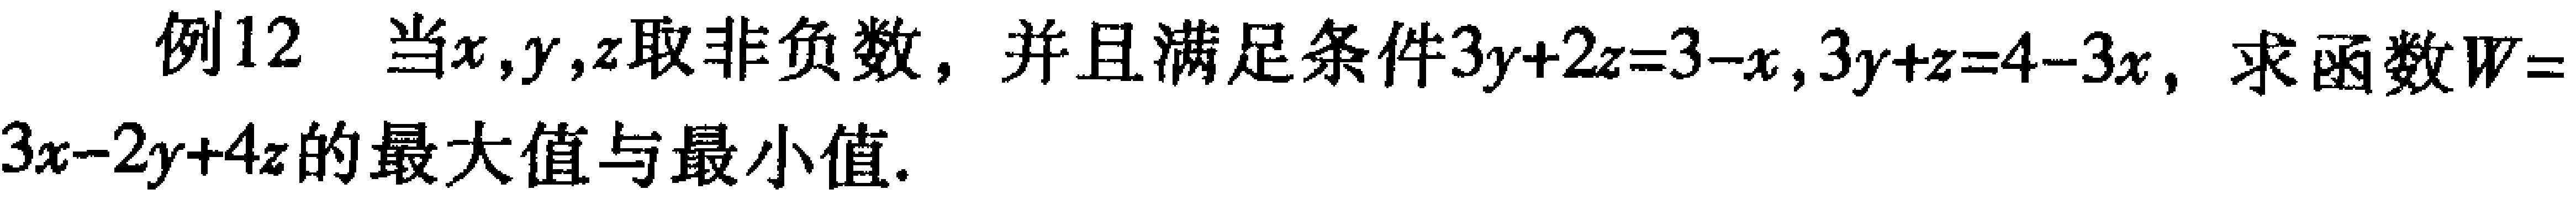
例12 当\(x,y,z\)取非负数，并且满足条件\(3y + 2z = 3 - x,3y + z = 4 - 3x\)，求函数\(W = 3x - 2y + 4z\)的最大值与最小值。